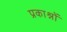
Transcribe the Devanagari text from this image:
प्रकाश्नों